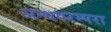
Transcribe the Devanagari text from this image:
अन्धपरम्परा